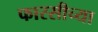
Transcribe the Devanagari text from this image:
फारसीच्या